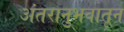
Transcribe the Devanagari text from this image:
अंतरानुभवातून